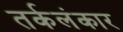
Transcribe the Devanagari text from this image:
तर्कलंकार